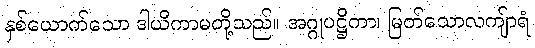
နှစ်ယောက်သော ဒါယိကာမတို့သည်။ အဂ္ဂုပဋ္ဌိကာ၊ မြတ်သောလကျ်ာရံ